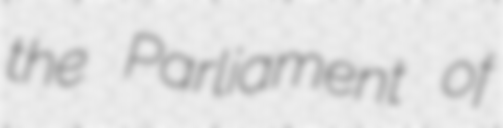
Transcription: the Parliament of